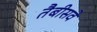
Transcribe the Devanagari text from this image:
तैबीसवे